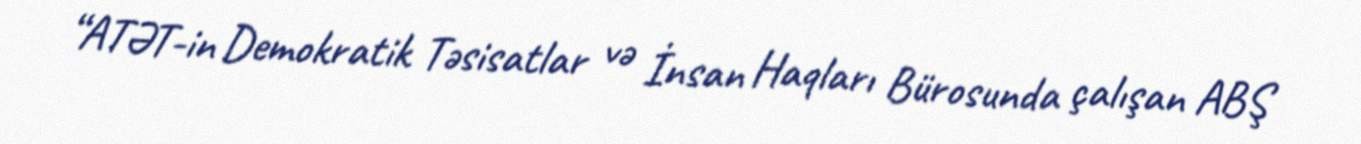
“ATƏT-in Demokratik Təsisatlar və İnsan Haqları Bürosunda çalışan ABŞ